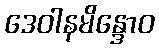
ဒေဝါနမိန္ဒောဝ